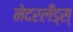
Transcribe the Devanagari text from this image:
नेदरलँड्स्